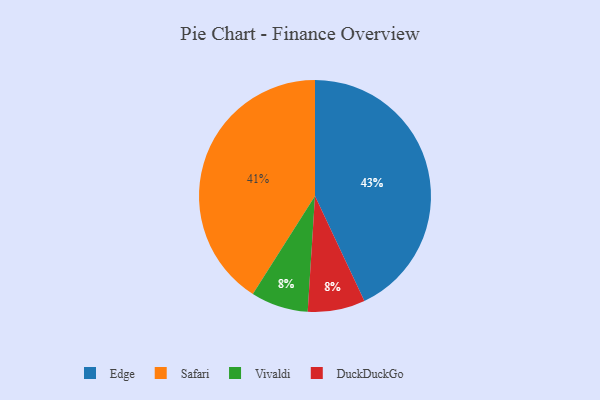
{"axis": {"x": "Category", "y": "Percentage"}, "legend": ["DuckDuckGo", "Edge", "Safari", "Vivaldi"], "data": [{"x": "Vivaldi", "y": 8, "type": "Vivaldi"}, {"x": "DuckDuckGo", "y": 8, "type": "DuckDuckGo"}, {"x": "Safari", "y": 41, "type": "Safari"}, {"x": "Edge", "y": 43, "type": "Edge"}]}